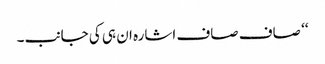
‘‘ صاف صاف اشارہ ان ہی کی جانب۔